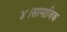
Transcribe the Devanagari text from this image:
४।सामाजिक